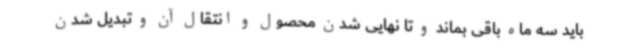
باید سه ماه باقی بماند و تا نهایی شدن محصول و انتقال آن و تبدیل شدن